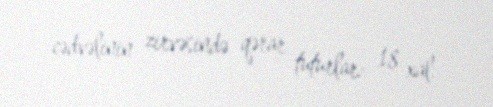
cədvəlinin zirvəsində qərar tuturlar: 18 xal.